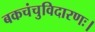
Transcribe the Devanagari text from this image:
बकचंचुविदारणः।